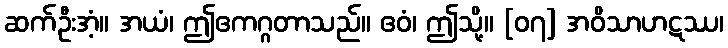
ဆက်ဦးအံ့။ အယံ၊ ဤဧကဂ္ဂတာသည်။ ဧဝံ၊ ဤသို့။ [၀၇] အဝိသာဟဋဿ၊